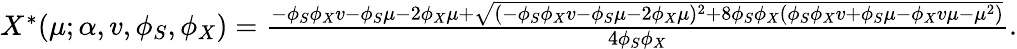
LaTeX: \begin{array}{r}{X^{\ast}(\mu;\alpha,v,\phi_{S},\phi_{X})=\frac{-\phi_{S}\phi_{X}v-\phi_{S}\mu-2\phi_{X}\mu+\sqrt{(-\phi_{S}\phi_{X}v-\phi_{S}\mu-2\phi_{X}\mu)^{2}+8\phi_{S}\phi_{X}(\phi_{S}\phi_{X}v+\phi_{S}\mu-\phi_{X}v\mu-\mu^{2})}}{4\phi_{S}\phi_{X}}.}\end{array}